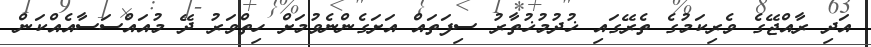
އަދި ރާއްޖޭގެ ވެރިކަމުގެ ތެރޭގައި ޚުދުމުޚުތާރު ސިފަތައް އަށަގެންނެވުމަށް ހިތްވަރު ދޭ މުއައްސަސާއެއްކަން